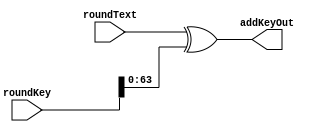
module add_key(addKeyOut,roundText,roundKey);
output [63:0]addKeyOut;
input [63:0]roundText;
input [79:0]roundKey;

assign addKeyOut=roundText^roundKey[63:0];

endmodule